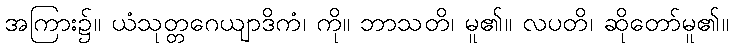
အကြား၌။ ယံသုတ္တဂေယျာဒိကံ၊ ကို။ ဘာသတိ၊ မူ၏။ လပတိ၊ ဆိုတော်မူ၏။